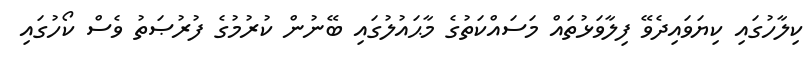
ކިލާހުގައި ކިޔަވައިދެވޭ ފިލާވަޅުތައް މަސައްކަތުގެ މާޙައުލުގައި ބޭނުން ކުރުމުގެ ފުރުޞަތު ވެސް ކޯހުގައި